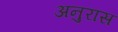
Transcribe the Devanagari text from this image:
अनुरास